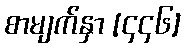
စာမျက်နှာ [၄၄၆]